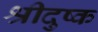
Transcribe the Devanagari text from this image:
श्रीदुष्क